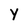
Character: Y